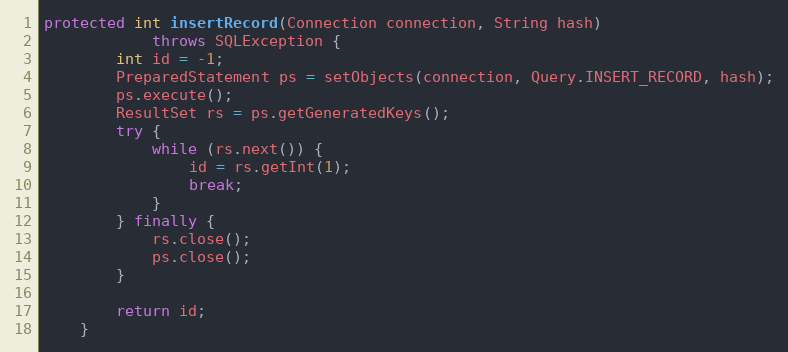
Language: Java
protected int insertRecord(Connection connection, String hash)
            throws SQLException {
        int id = -1;
        PreparedStatement ps = setObjects(connection, Query.INSERT_RECORD, hash);
        ps.execute();
        ResultSet rs = ps.getGeneratedKeys();
        try {
            while (rs.next()) {
                id = rs.getInt(1);
                break;
            }
        } finally {
            rs.close();
            ps.close();
        }

        return id;
    }